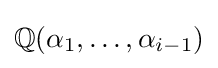
\mathbb {Q} (\alpha _{1},\dots ,\alpha _{i-1})